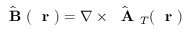
\hat { \mathrm { ~ \bf ~ B ~ } } ( \mathrm { ~ \bf ~ r ~ } ) = \nabla \times \hat { \mathrm { ~ \bf ~ A ~ } } _ { T } ( \mathrm { ~ \bf ~ r ~ } )